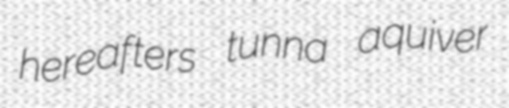
hereafters tunna aquiver